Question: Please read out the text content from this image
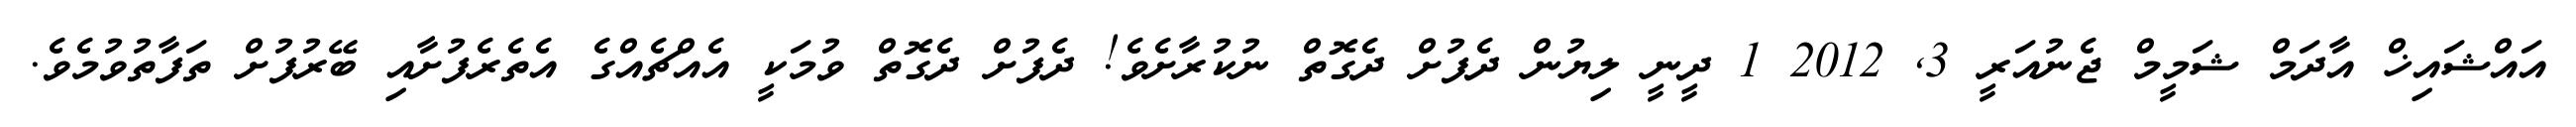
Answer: އައްޝައިޚް އާދަމް ޝަމީމް ޖެނުއަރީ 3, 2012 1 ދީނީ ލިޔުން ދެފުށް ދެގޮތް ނުކުރާށެވެ! ދެފުށް ދެގޮތް ވުމަކީ އެއްޗެއްގެ އެތެރެފުށާއި ބޭރުފުށް ތަފާތުވުމެވެ.